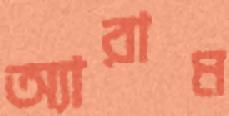
অ্যারাম